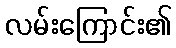
လမ်းကြောင်း၏